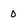
Character: 0